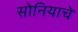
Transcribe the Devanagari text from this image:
सोनियाचे